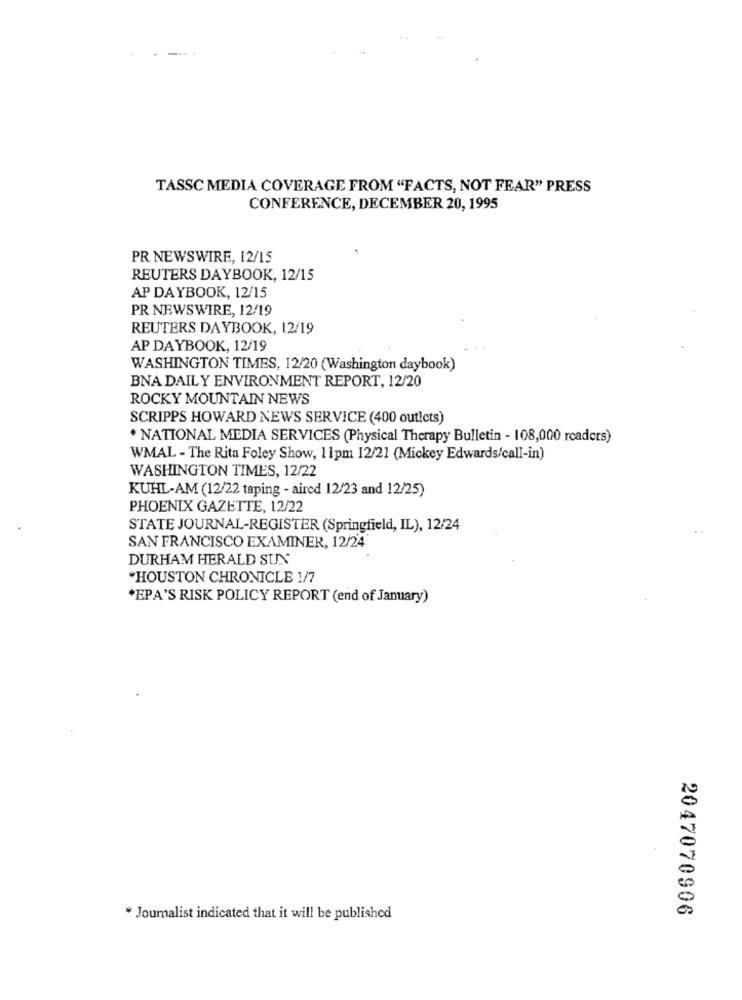
TASSC MEDIA COVERAGE FROM "FACTS, NOT FEAR" PRESS
CONFERENCE, DECEMBER 20, 1995
PR NEWSWIRE, 12/15
REUTERS DAYBOOK, 12/15
AP DAYBOOK, 12/15
PR NEWSWIRE, 12/19
REUTERS DAYBOOK, 12/19
AP DAYBOOK, 12/19
WASHINGTON TIMES, 12/20 (Washington daybook)
BNA DAILY ENVIRONMENT REPORT, 12/20
ROCKY MOUNTAIN NEWS
SCRIPPS HOWARD NEWS SERVICE (400 out!cts)
* NATIONAL MEDIA SERVICES (Physical Therapy Bulletin - 108,000 readers)
WMAL - The Rita Foley Show, 11pm 12/21 (Mickey Edwards/call-in)
WASHINGTON TIMES, 12/22
KUHL-AM (12/22 taping - aired 12/23 and 12/25)
PHOENIX GAZETTE, 12/22
STATE JOURNAL-REGISTER (Springfield, IL), 12/24
SAN FRANCISCO EXAMINER, 12/24
DURHAM HERALD SUN
"HOUSTON CHRONICLE 1/7
*EPA'S RISK POLICY REPORT (end of January)
* Journalist indicated that it will be published
2047070906